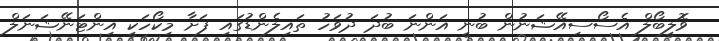
ވޮލީބޯލް އެސޯސިއޭޝަނުން ބުނީ އަންނަ ބުދަ ދުވަހު ތައިލެންޑުގައި ފަށާ މިކޯހަކީ އިންޓަނޭޝަނަލް